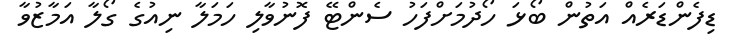
ޑިފެންޑަރެއް އަތުން ބޯޅަ ހޯދުމަށްފަހު ސެންޓޭ ފޮނުވާލި ހަމަލާ ނިއުގެ ގޯލާ އަމާޒުވާ